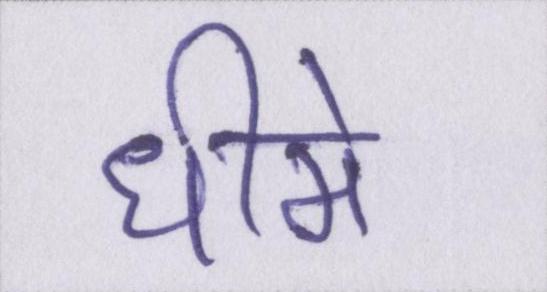
धीमे